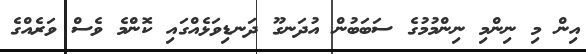
އިން މި ނިންމި ނިންމުމުގެ ސަބަބުން އުދަނގޫ ދަނޑިވަޅެއްގައި ކޮންމެ ވެސް ވަރެއްގެ